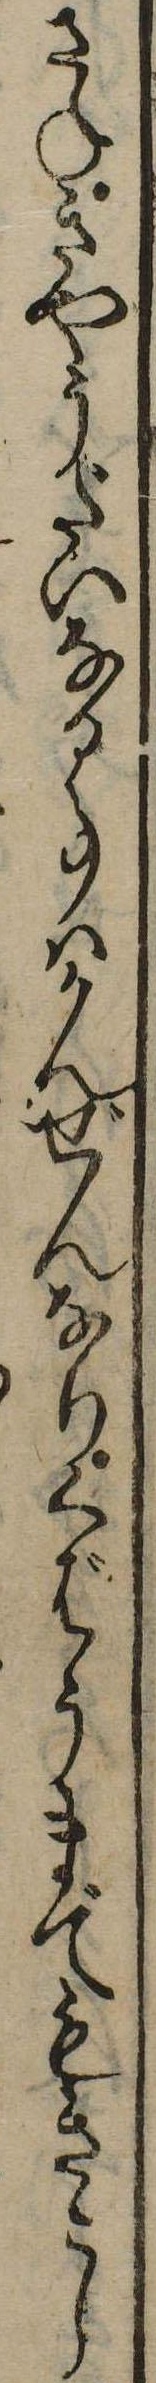
さねきやうだいなる事はかんぜんなりくばうまでもきこし